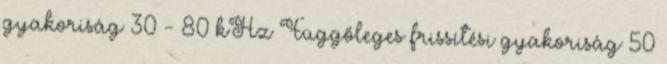
gyakoriság 30 - 80 kHz Függőleges frissítési gyakoriság 50